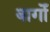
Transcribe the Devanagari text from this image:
बागोँ